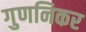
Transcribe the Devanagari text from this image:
गुणनिकर